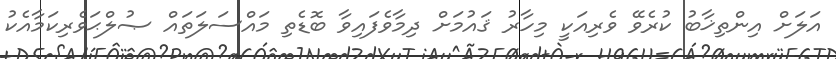
އަލަށް އިންތިޚާބު ކުރެވޭ ވެރިއަކީ މިހާރު ޤައުމަށް ދިމާވެފައިވާ ބޮޑެތި މައްސަލަތައް ޞުލްޙަވެރިކަމާއެކު